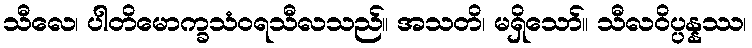
သီလေ၊ ပါတိမောက္ခသံဝရသီလသည်။ အသတိ၊ မရှိသော်။ သီလဝိပ္ပန္နဿ၊